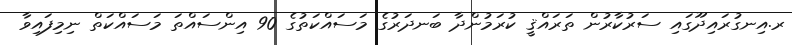
ރ.އިނގުރައިދޫގައި ސަރުކާރުން ތަރައްޤީ ކުރަމުންދާ ބަނދަރުގެ މަސައްކަތުގެ 90 އިންސައްތަ މަސައްކަތް ނިމިފައިވާ